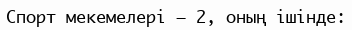
Спорт мекемелері — 2, оның ішінде: